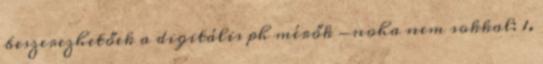
beszerezhetőek a digitális ph mérők -noha nem sokkal: 1.